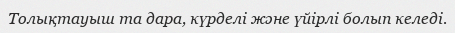
Толықтауыш та дара, күрделі және үйірлі болып келеді.